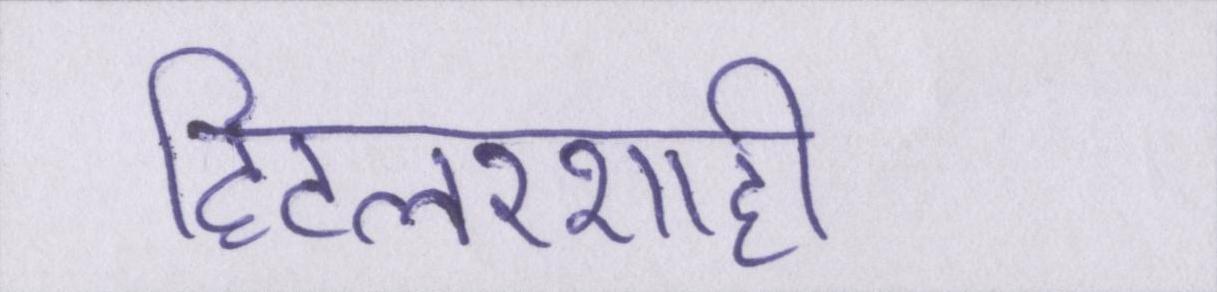
हिटलरशाही